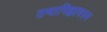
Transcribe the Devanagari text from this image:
तथापिह्यावरुन